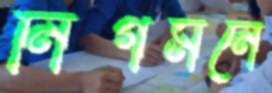
নির্গমনে